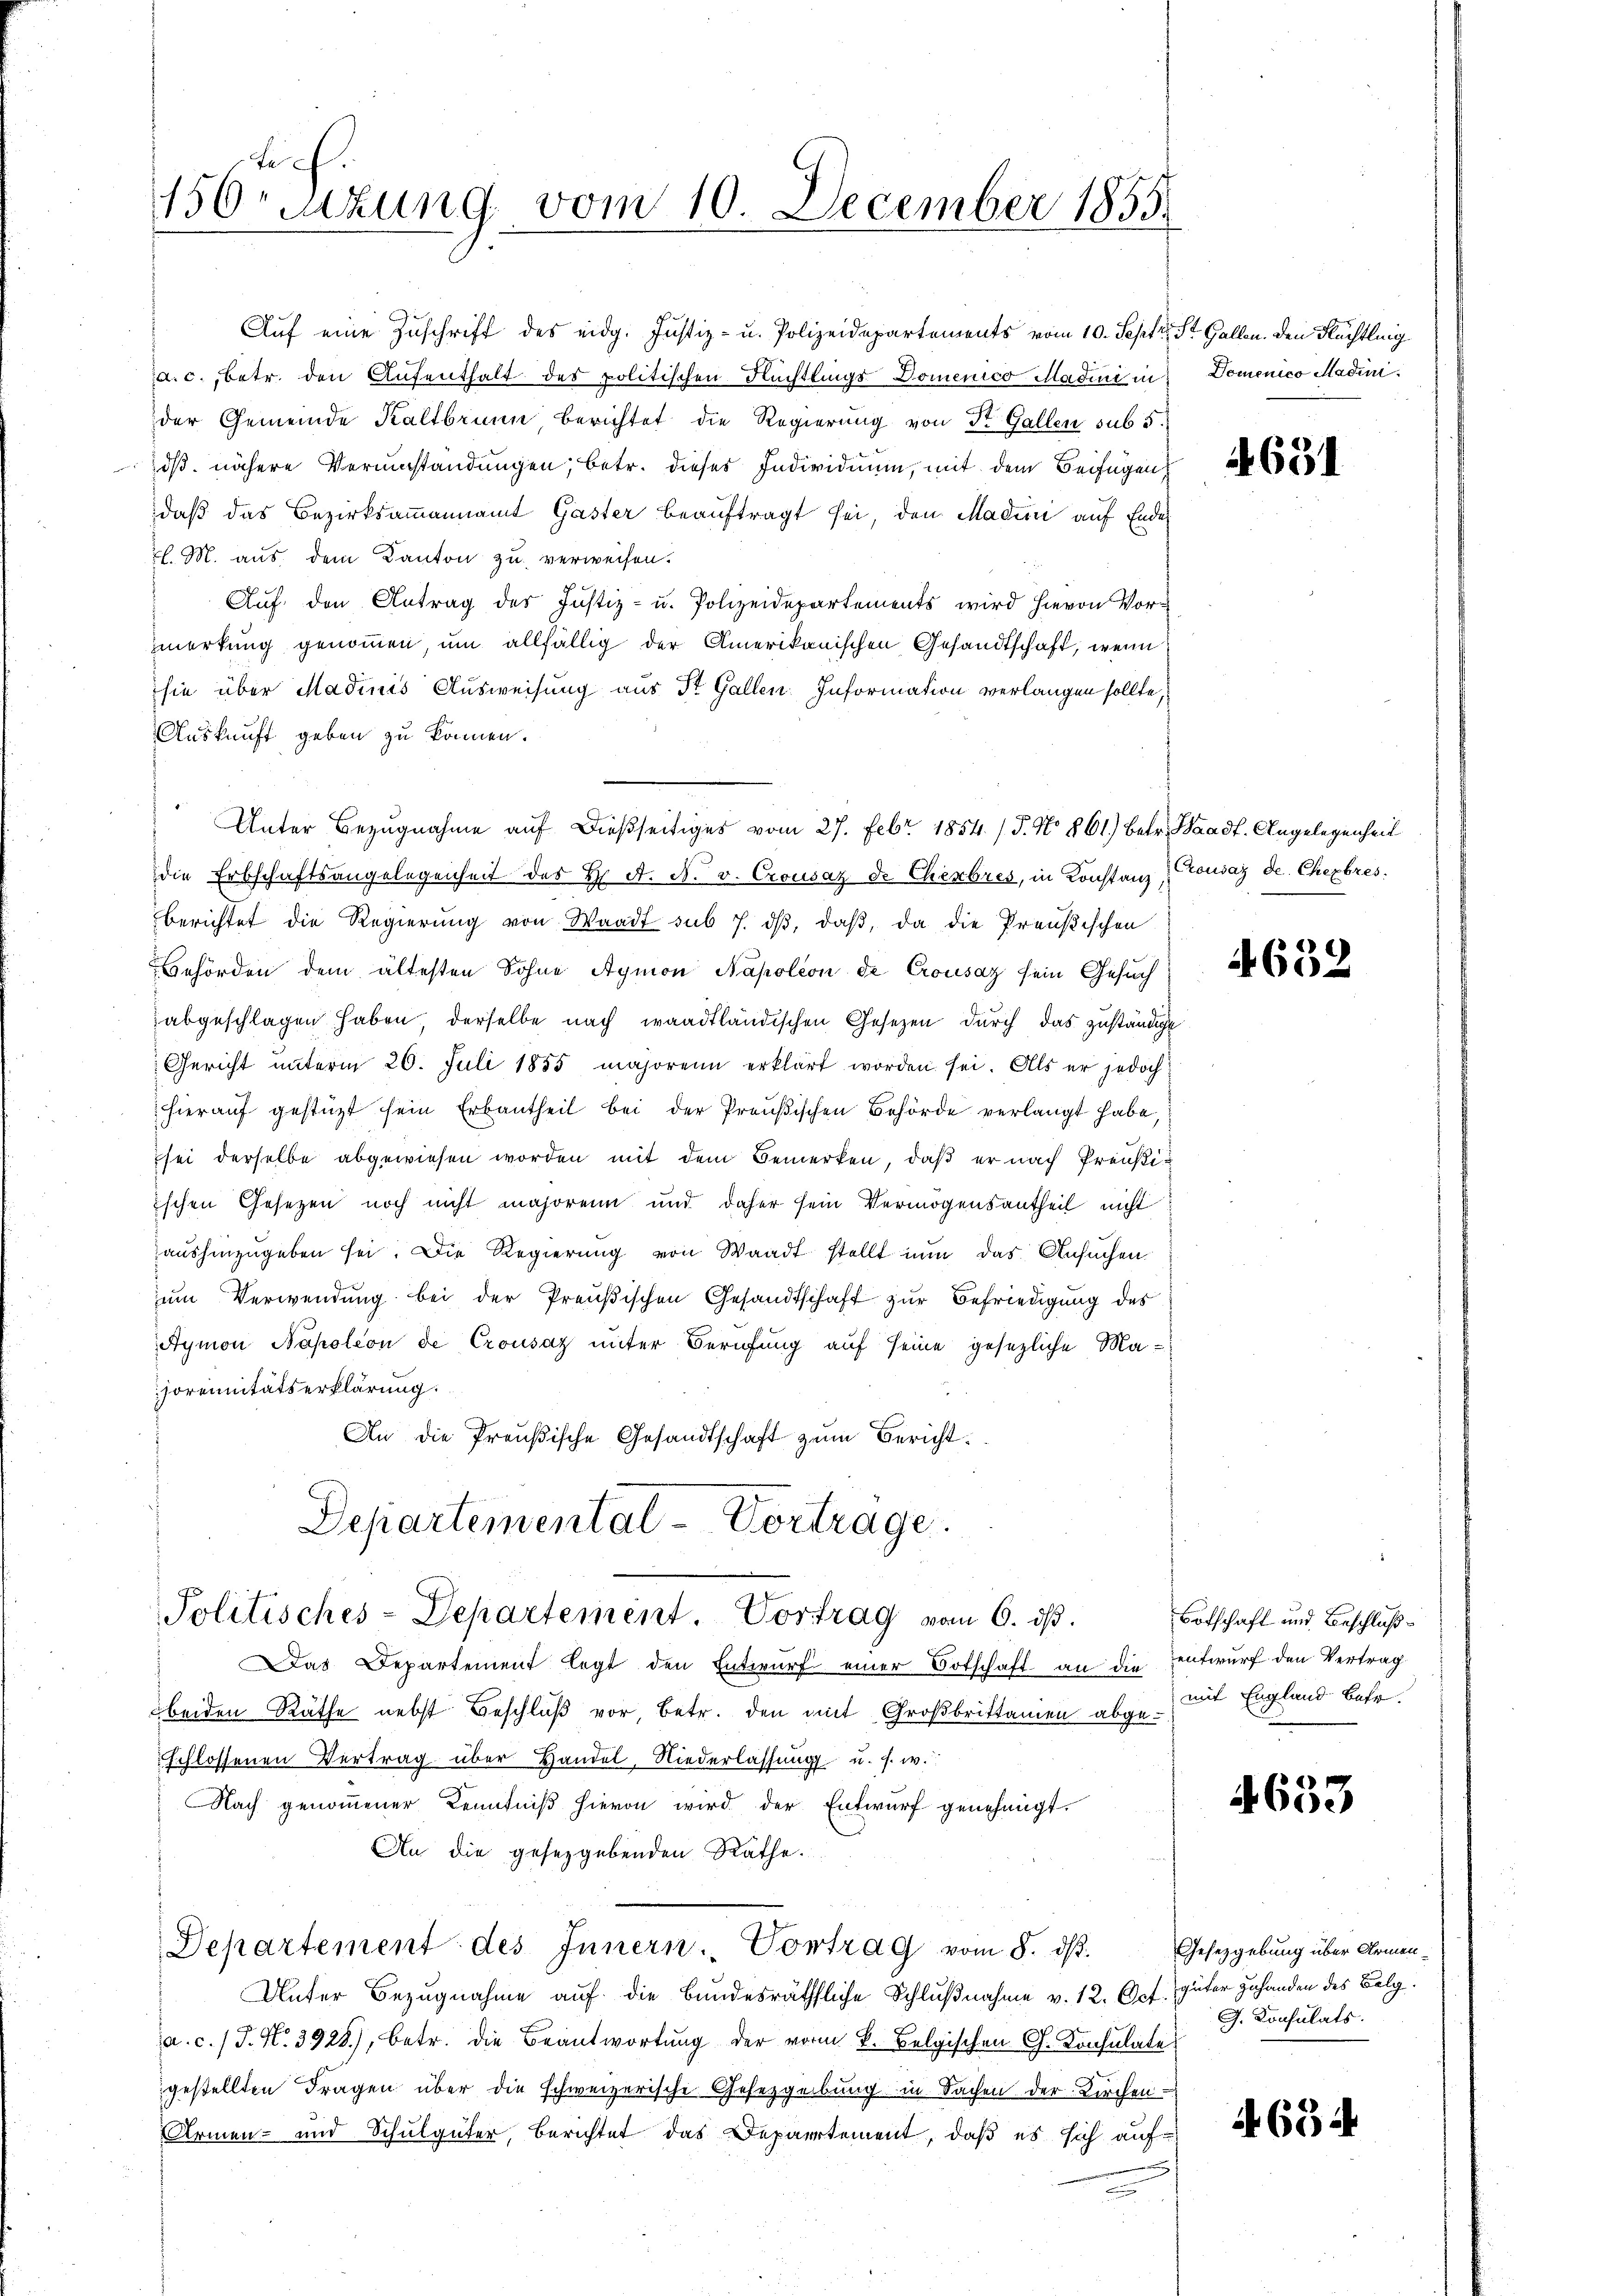
150rtzung vom 10. December 1855.

Auf eine Zuschrift des eidg. Justiz- u. Polizeidepartements vom 10. Septr. St. Gallen. Den Flächtling
d. c., betr. den Aufenthalt des politischen Nüchtlings Domenico Madini in Domenico Madinder Gemeinde Kaltbrunn, berichtet die Regierung von St. Gallen sub 5.
dß. nähere Verumständungen; betr. dieses Individuum, mit dem Beifügen
daß das Bezirksammannamt Gaster beauftragt sei, den Madern auf Ende
pl. M. aus dem Kanton zu verweisen.
Auf den Antrag des Justiz- u. Polizeidepartements wird hievon Vormerkung genommen, um allfällig der Amerikanischen Gesandtschaft, wenn
sie über Madinis Ausweisung aus St. Gallen Information verlangen sollte,
Auskunft geben zu können.
die Erbschaftsangelegenheit des H. A. N. v. Crousaz de Cherbres, in Konstanz, Crousaz de Chexbres.
berichtet die Regierung von Waadt sub 7. dβ, daß, da die Preußischen
Behörden dem ältesten Sohne Aymon Napoléon de Crousaz sein Gesuch
abgeschlagen haben, derselbe nach waadtländischen Gesetzen durch das zuständige
Gericht ŭnterm 26. Juli 1855 majorenn erklärt worden sei. Als er jedoch
hierauf gestüzt sein Erbautheil bei der Preußischen Behörde verlangt habe,
sei derselbe abgewiesen worden mit dem Bemerken, daß er nach Preußiischen Gesetzen noch nicht majorenn und daher sein Vermögensantheil nicht
aushinzugeben sei. Die Regierung von Waadt stellt nun das Ansuchen
um Verwendung bei der Preußischen Gesandtschaft zur Befriedigung des
Aymon Napoleon de Crousaz unter Berufung auf seine gesezliche Ma¬
Formunitätserklärung.
An die Preußische Gesandtschaft zum Bericht.
Departemental-Vortrage

Politisches-Departement. Vortrag vom 6. dβ.

Unter Bezugnahme auf dießseitiges vom 27. Febr 1854. / 5. No 861.) Betr. Waadt, Angelegenheit

Das Departement legt den Entwurf einer Botschaft an die
beiden Räthe nebst Beschluß vor, betr. den mit Großbrittamen abge-
schlossenen Vertrag über Handel, Niederlassŭng u. s. w.
NNach genommener Kenntniß hievon wird der Entwurf genehmigt.
An die gesetzgebenden Rathe.
Departement des Innern. Vortrag vom 8. dβ.
Unter Bezugnahme auf die Bundesräthliche Schlußnahme v. 12. Oct. Güter zuhanden des Balga. c. (T. N. 3928), betr. die Beantwortung der vom k. Belgischen Ch. Konsulate
gestellten Fragen über die schweizerische Gesetzgebung in Sachen der Kirchen.
Armen- und Schulgüter, Berichtet das Departement, daß es sich auf-

4631

4632

Botschaft und Beschluß
entwurf den Vertrag
mit England betr.

4653

Gesetzgebung über Armen-
J. Konsulats.

4. 654